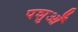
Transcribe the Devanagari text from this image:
पशुओँ